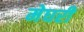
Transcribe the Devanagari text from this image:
मेघरी